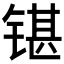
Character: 𰾘